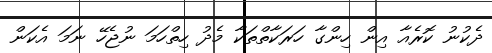
ދެކުނު ކޮރެއާ އިން ހިންގާ ހަރަކާތްތަކާ މެދު ހިތްހަމަ ނުޖެހޭ ނަމަ އެކަން